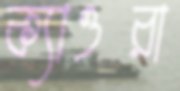
ক্যাওরা